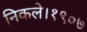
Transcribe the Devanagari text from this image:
निकले।१९०७